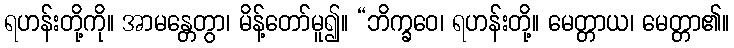
ရဟန်းတို့ကို။ အာမန္တေတွာ၊ မိန့်တော်မူ၍။ “ဘိက္ခဝေ၊ ရဟန်းတို့။ မေတ္တာယ၊ မေတ္တာ၏။